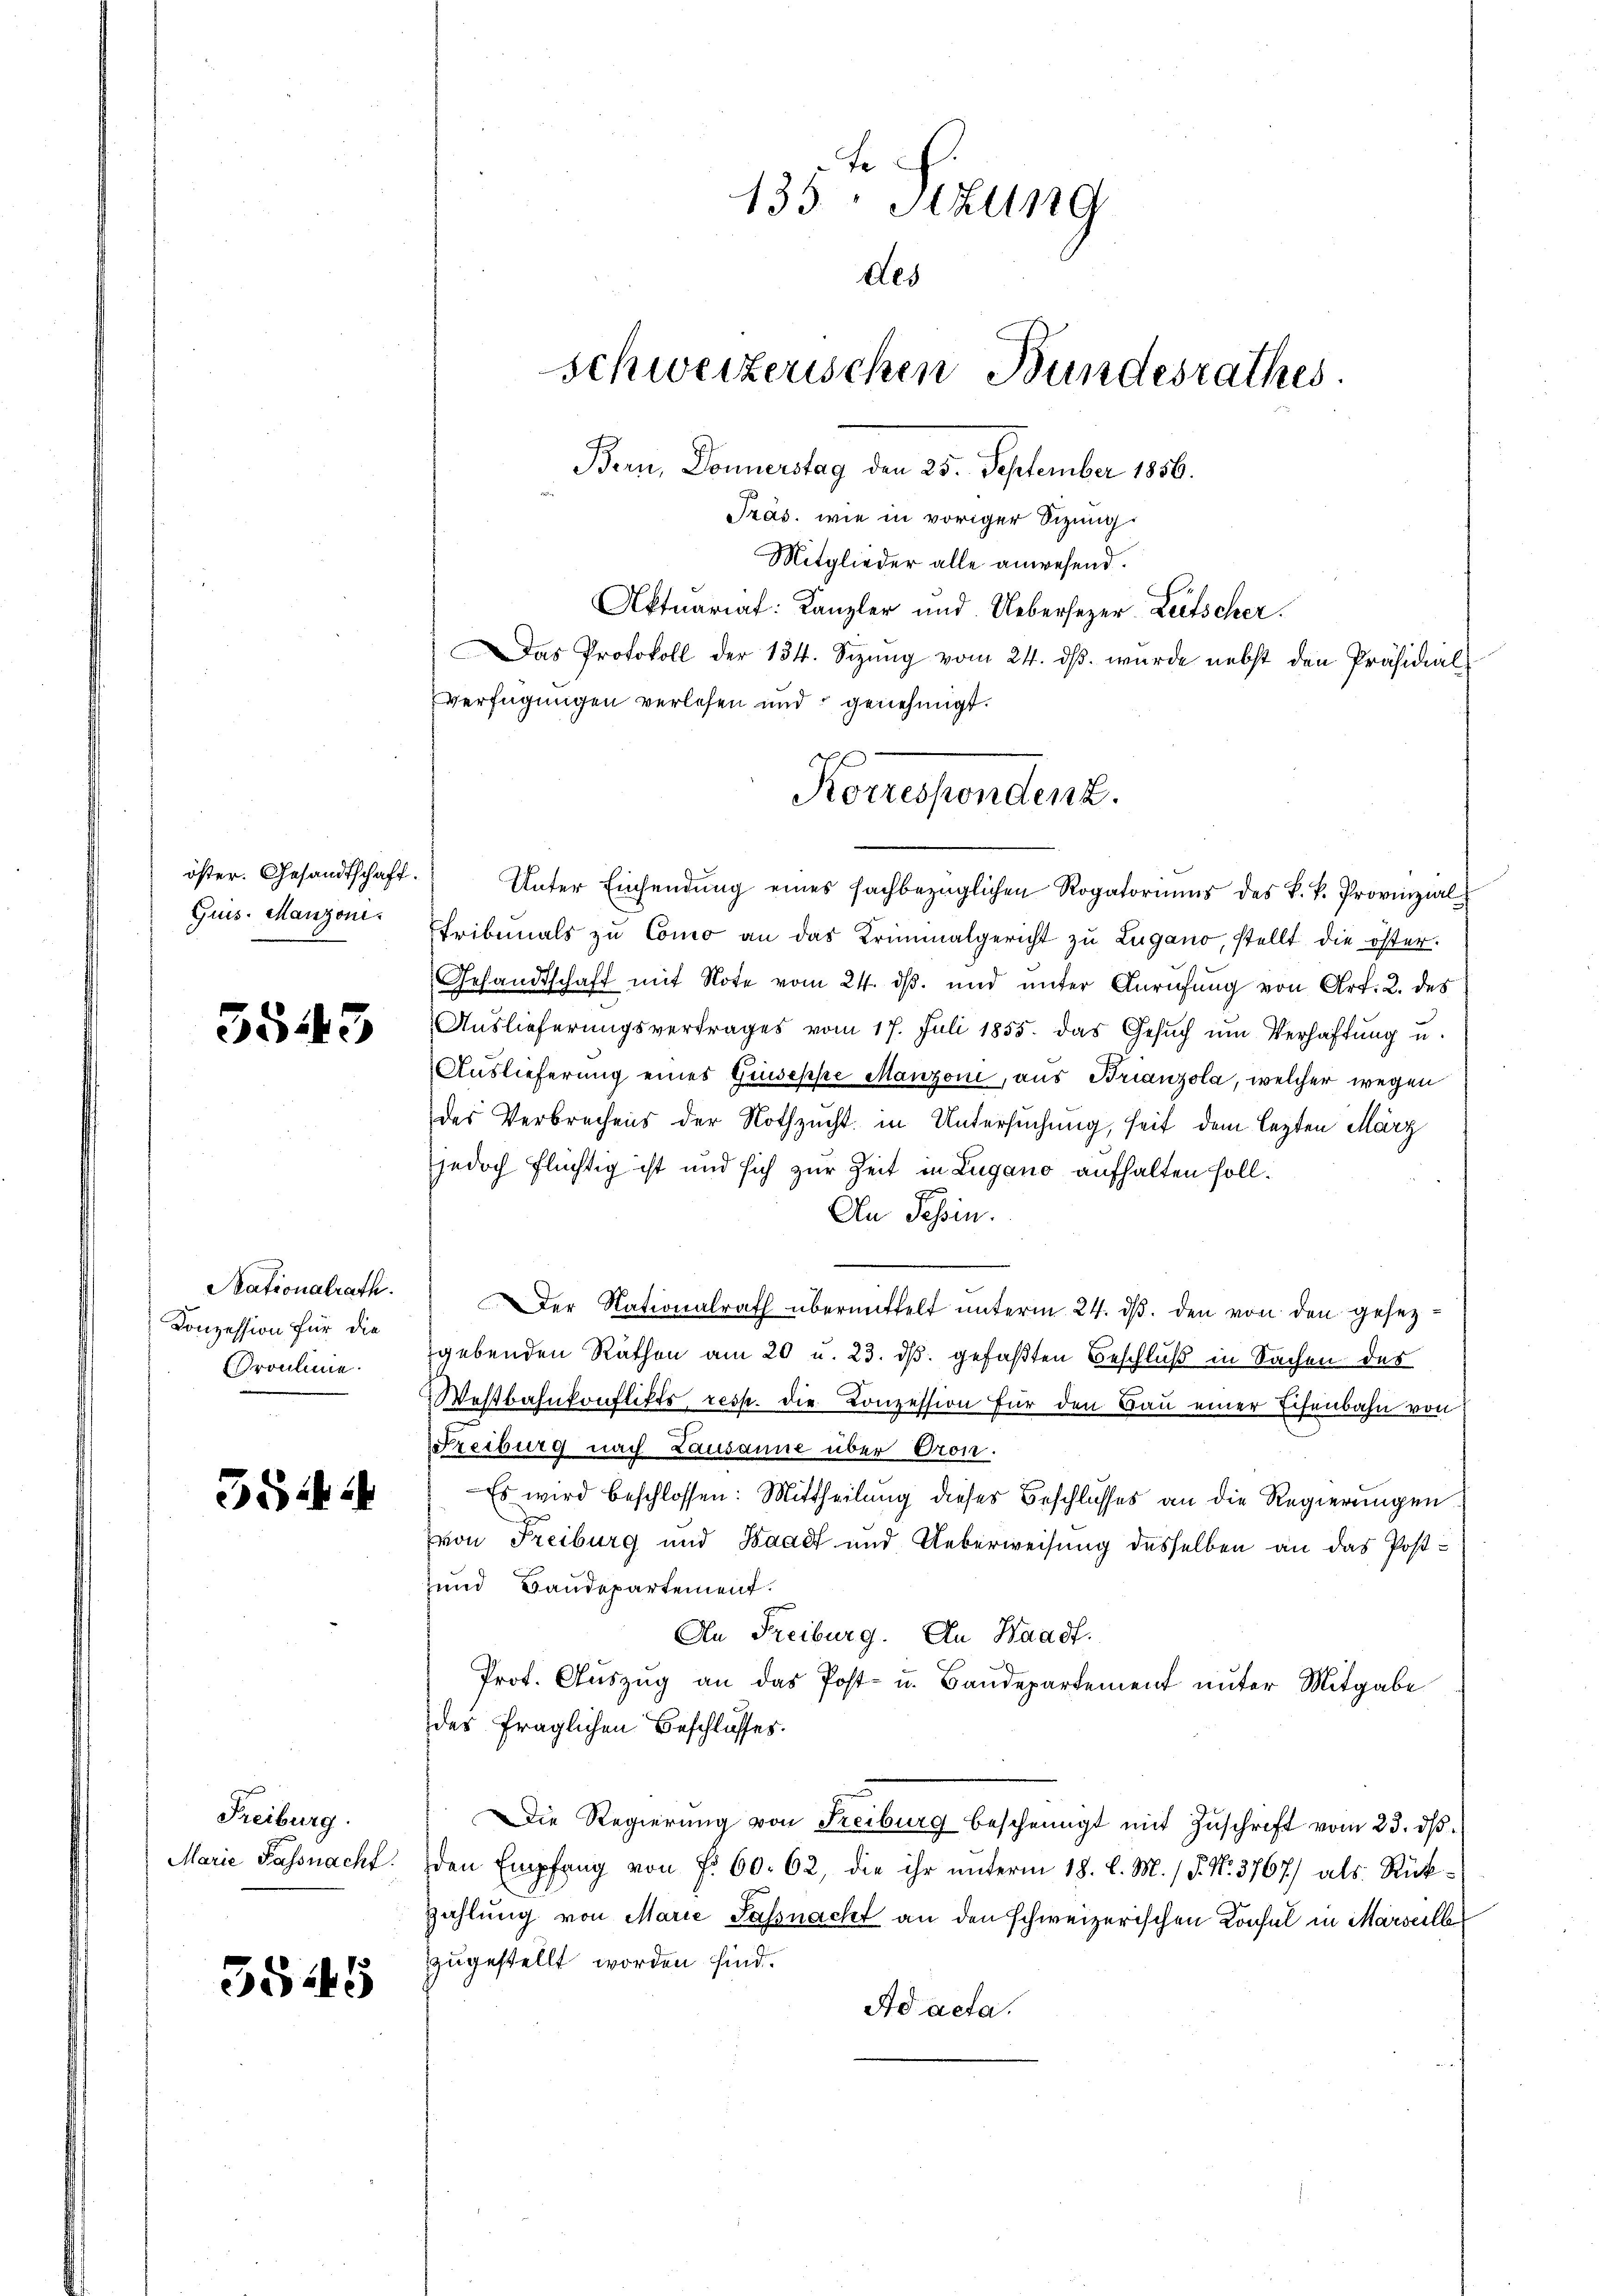
öster. Gesandtschaft.
Guis. Manzoni.

3543

Stationalrath.
Konzession für die
Groulinie.

354

Freiburg.
Marie Fassnacht.

5545

Aktuariat: Kanzler und Uebersezer-Lietscher
Das Protokoll der 134. Sizung vom 24. dβ. wurde nebst den Präsidial-
Verfügungen verlesen und genehmigt.

Unter Einsendung eines fachbezüglichen Rogatoriums des k. k. Provinzialtribunals zu Como an das Kriminalgericht zu Lugano, stellt die öster.
Gesandtschaft mit Note vom 24. dβ. und unter Anrufung von Art. 2. des
Auslieferungsvertrages vom 17. Juli 1855. Das Gesuch um Verhaftung u.
Auslieferung eines Geisesse Manzoni, aus Brianzola, welcher wegen
des Verbrechens der Nothzucht in Untersuchung, seit dem lezten März
jjedoch flüchtig ist und sich zur Zeit in Lugano aufhalten soll.
An Tessin.
Der Nationalrath übermittelt unterm 24. ds. den von den gesezgebenden Räthen am 20 u. 23. ds. gefaßten Beschluß in Sachen der
Wostbahnkonflikts, resp. die Conzession für den Bau einer Schenbahn von
Freiburg nach Lausanne über Oron.
Es wird beschlossen: Mittheilung dieses Beschlusses an die Regierungen
von Freiburg und Waadt und Ueberweisung desselben an das Postuund Bandepartement.
An Freiburg. An Waadt.
Prot. Auszug an das Post- u. Baudepartement unter Mitgabe
des fraglichen Beschlusses.
Die Regierung von Freiburg bescheinigt mit Zŭschrift vom 23. dβ.
den Empfang von f. 60. 62, die ihr unterm 18. d. M. / P. Nr. 3767) als Rück¬
Zahlung von Marie Passnacht an den schweizerischen Konsul in Marseilb
zzugestellt worden sind.
Ad acta.

135 Stzung
des
schweizerischen Bundesrathes.
Bern, Donnerstag den 25. September 1856.
Präs. wie in voriger Sitzung
Mitglieder alle anwesend.

Korrespondenz.